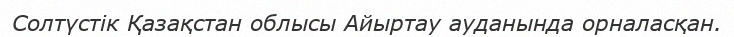
Солтүстік Қазақстан облысы Айыртау ауданында орналасқан.